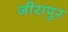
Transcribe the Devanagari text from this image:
जीरापुर